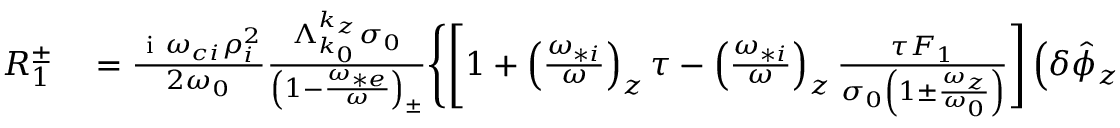
\begin{array} { r l } { R _ { 1 } ^ { \pm } } & { { } = \frac { \mathrm { ~ i ~ } \omega _ { c i } \rho _ { i } ^ { 2 } } { 2 \omega _ { 0 } } \frac { \Lambda _ { k _ { 0 } } ^ { k _ { z } } \sigma _ { 0 } } { \left( 1 - \frac { \omega _ { * e } } { \omega } \right) _ { \pm } } \Bigg \{ \Bigg [ 1 + \left( \frac { \omega _ { * i } } { \omega } \right) _ { z } \tau - \left( \frac { \omega _ { * i } } { \omega } \right) _ { z } \frac { \tau F _ { 1 } } { \sigma _ { 0 } \left( 1 \pm \frac { \omega _ { z } } { \omega _ { 0 } } \right) } \Bigg ] \left( \delta \hat { \phi } _ { z } - \delta \hat { \psi } _ { z } \right) } \end{array}